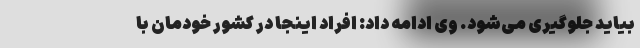
بیاید جلوگیری می‌شود. وی ادامه داد: افراد اینجا در کشور خودمان با